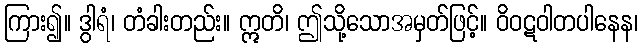
ကြား၍။ ဒွါရံ၊ တံခါးတည်း။ ဣတိ၊ ဤသို့သောအမှတ်ဖြင့်။ ဝိဝဋဝါတပါနေန၊